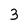
Character: 3